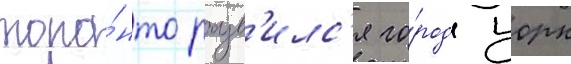
торо́нто разв'илс'я го́род иорк